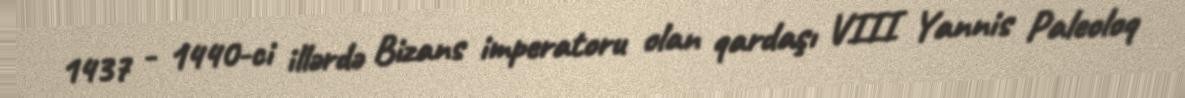
1437 - 1440-ci illərdə Bizans imperatoru olan qardaşı VIII Yannis Paleoloq